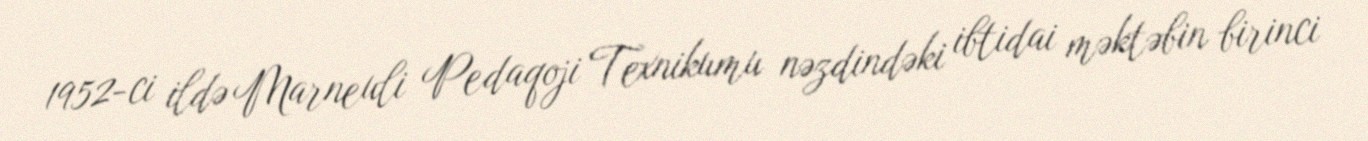
1952-ci ildə Marneuli Pedaqoji Texnikumu nəzdindəki ibtidai məktəbin birinci